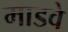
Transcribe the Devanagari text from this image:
माडवे